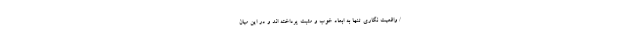
/ واقعیت نگاری تنها به ابعاد خوب و مثبت پرداخته اند و در این میان